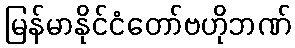
မြန်မာနိုင်ငံတော်ဗဟိုဘဏ်